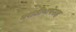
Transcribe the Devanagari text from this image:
मराठीभाषेसह